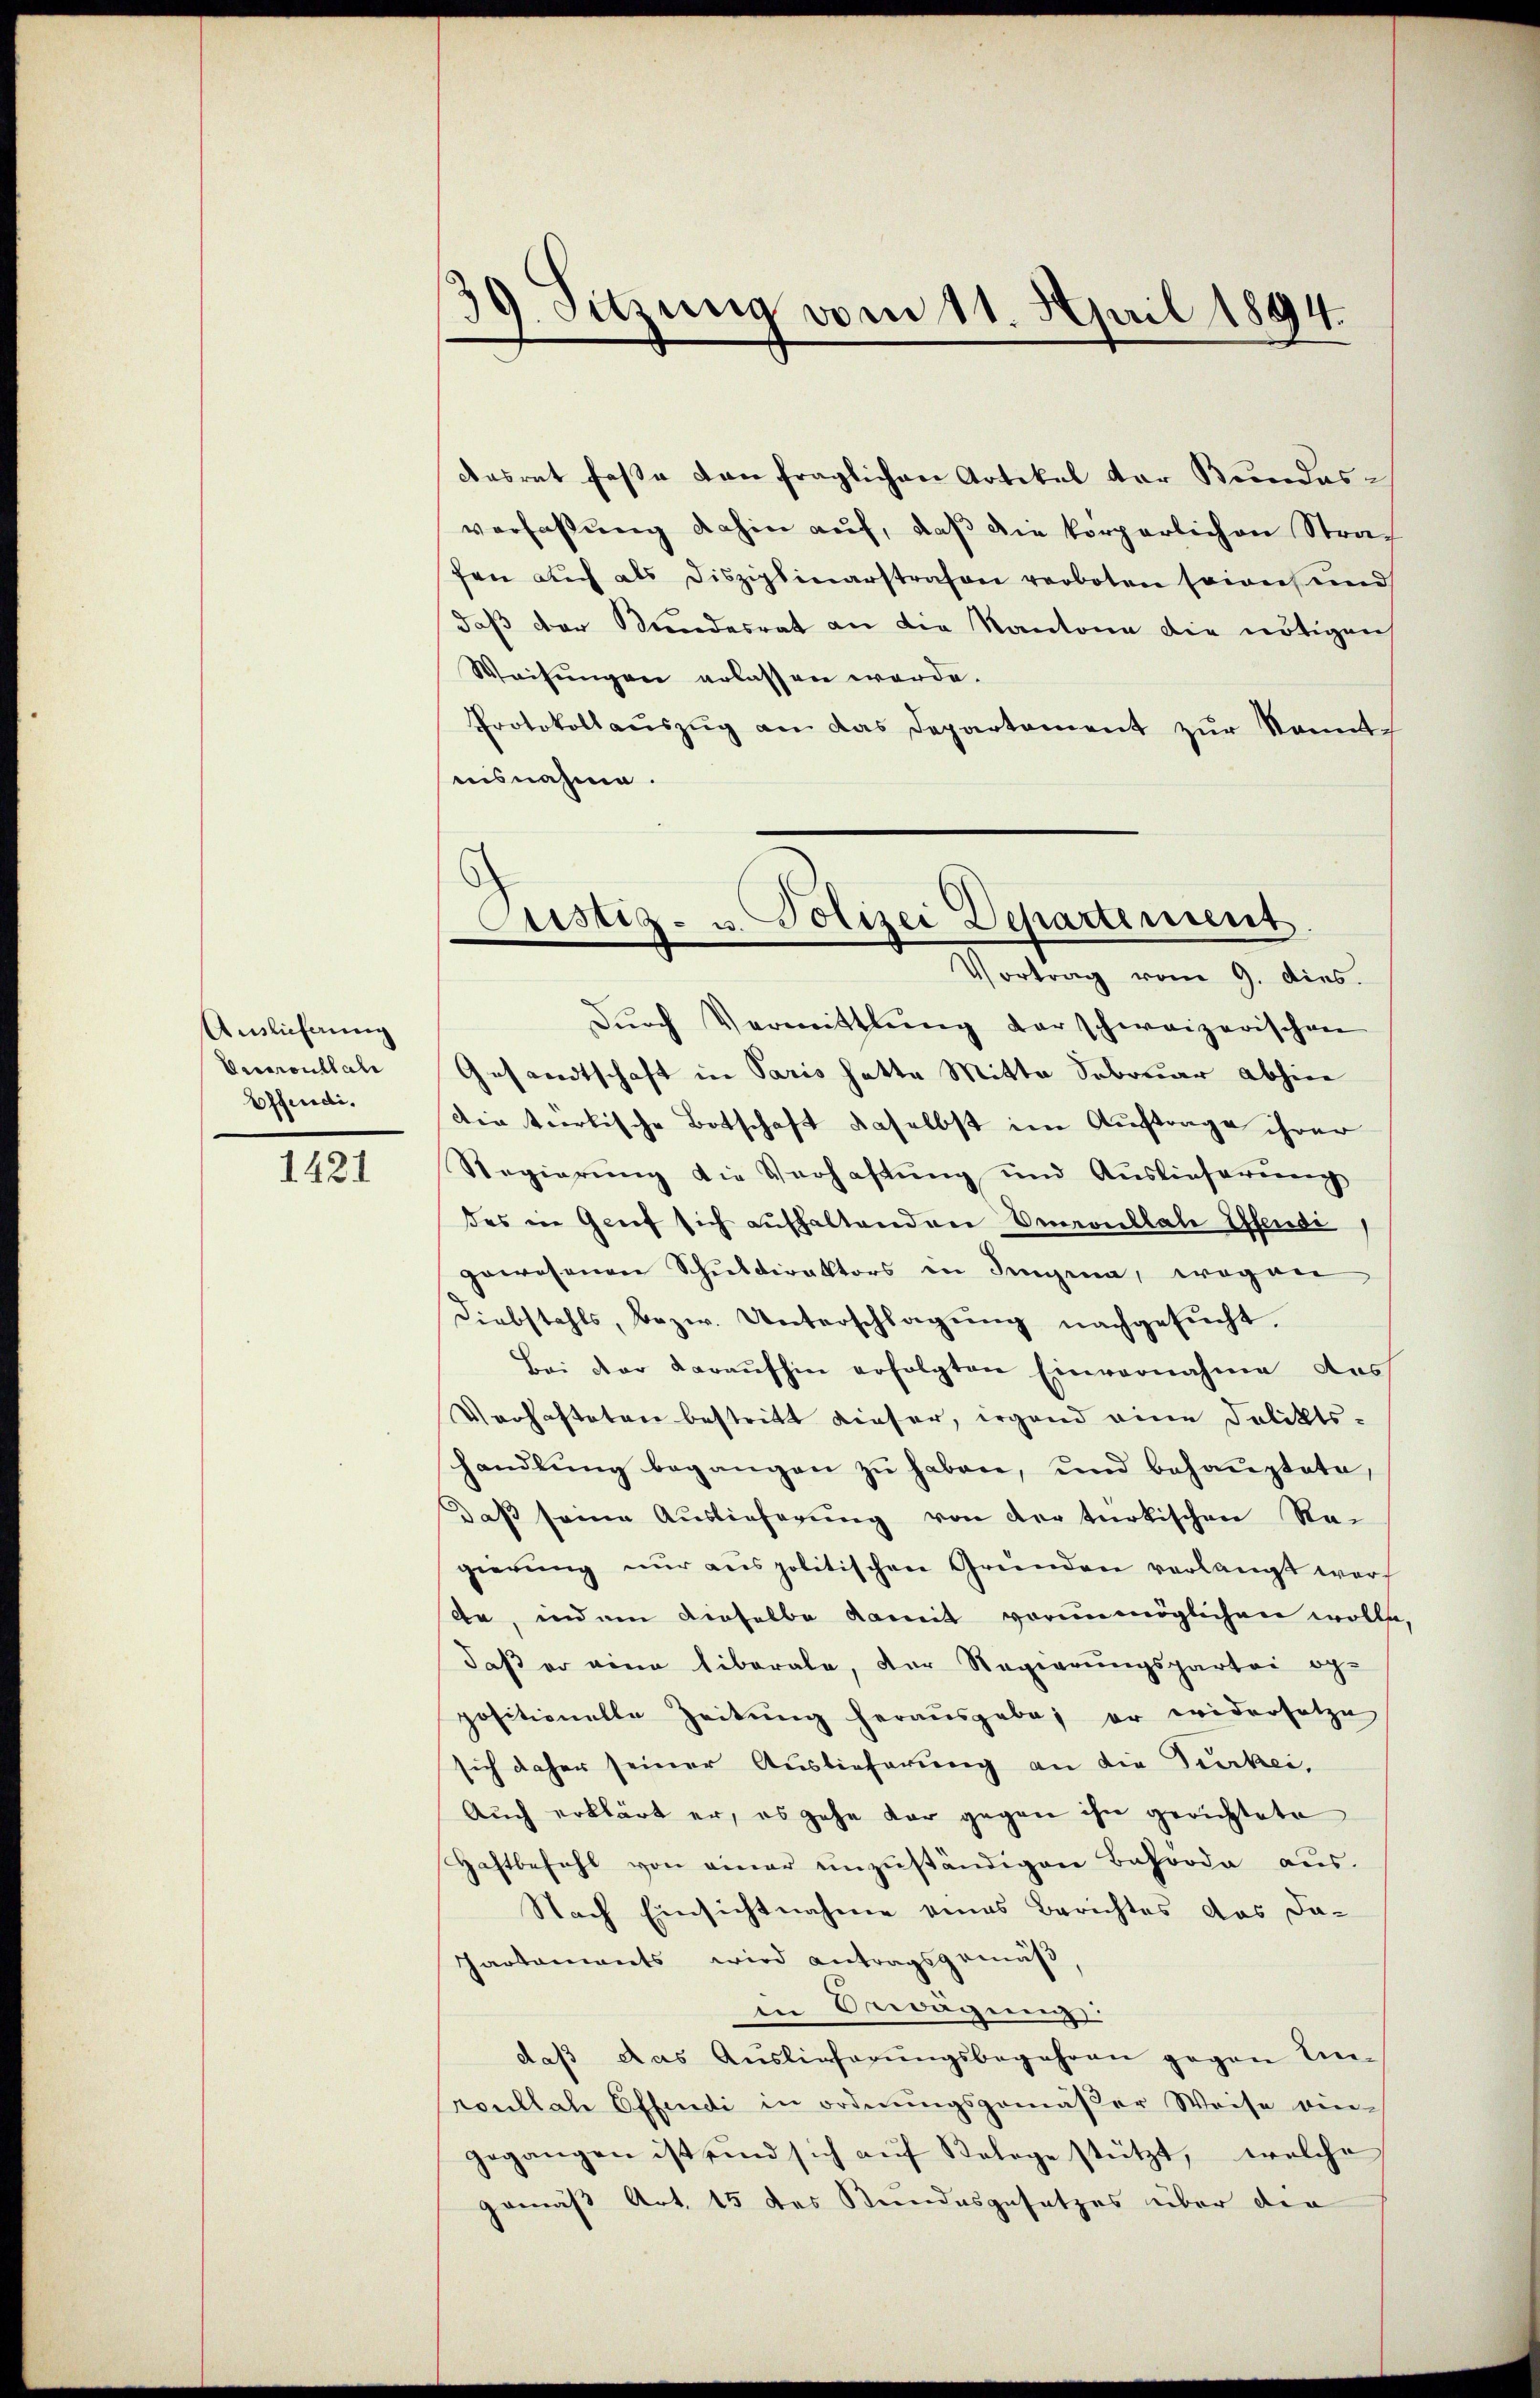
Auslieferung
Decaroullate
Offeredi¬

1421

39. Sitzung vom 11. April 1894.

dasrat fasse von fraglichen Artikel der Brandasverfassung dahin auf, daß die körperlichen Strafen auch als Disziplinarstrafen verboten sowie und
daß der Kundesrat an die Kantone die nötigen
Weisungen erlassen werde.
Protokollaŭszŭg an das Departement zŭr Nach
uisnahme.
Dŭrch Vermittlung der schweizerischen
Gesandtschaft in Paris hatte Mitte Sebruar abhin
die tierlische Botschaft daselbst im Auftrage ihrer
Regierung die Verhaftung und Auslieferung
des in Grief sich aufhaltenden Euroullate Offende
gewesenen Schuldirektors in Singena, wegen
Diebstahls, bezw. Unterschlagung nachgesucht.
Bei der daraufhin erfolgten Einvernahme des
Verhafteten bestritt dieser, irgend eine Poliktsshandlung begangen zu haben, und behauptete,
Daß seine Auslieferung von der türkischen Re-
gierung nŭr aŭs politischen Gründen verlangt werf
An, indem dieselbe damit vorunmöglichen wolle,
daß er eine liberale, der Regierungspartei oge
positionelle Zeitung herausgabe, er widersetze
sich daher seiner Auslieferung an die Zucker,
Auch erklärt er, es gehe dar gegen ihn gerichtete
Haftbefehl von einer unzuständigen Behörde aus.
Nach Einsichtnahme eines Berichtes das Da¬
Partements wird antragsgemäß
in Erwägung
daβ das Auslieferŭngsbegehren gegen Unroullah Effendi in ordnungsgemäßer Weise ein-
gegangen ist und sich aŭf Belege stützt, welche
gemäß Art. 15 des Kundesgesetzes über die

Justiz- u. Polizei Departement.
Vortrag vom 9. dies.